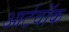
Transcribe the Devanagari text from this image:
आर्टवॉक